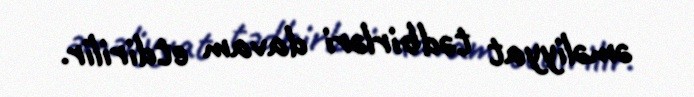
əməliyyat tədbirləri davam etdirilir.